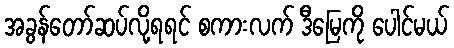
အခွန်တော်ဆပ်လို့ရရင် စကားလက် ဒီမြေကို ပေါင်မယ်